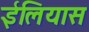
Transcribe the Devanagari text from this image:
ईलियास